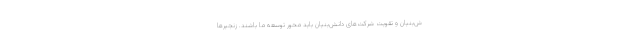
ش‌بنیان و تقویت شرکت‌های دانش‌بنیان باید محور توسعه ما باشند. زنجیرها